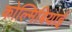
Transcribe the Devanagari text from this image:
कोल्मिबियाई